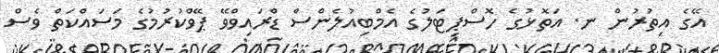
އޭގެ އިތުރުން ނ. އަތޮޅުގެ ހޮސްޕިޓަލުގެ އެމްބިއުލެންސް ޑްރައިވްވޭ ޕޭވްކުރުމުގެ މަސައްކަތް ވެސް